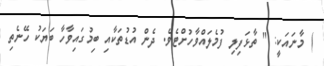
) މާނައަކީ: " ތާޅަފިލި ފުމެލައްވާހުށްޓެވެ. ދެން އުޑުތަކާއި ބިމުގައިވާހާ ބަޔަކު ހޭނެތި